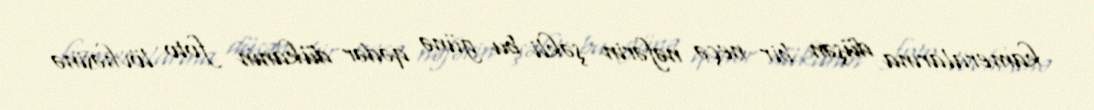
kameralarına düşən bir neçə nəfərin şəkli bu günə qədər dükanın foto lövhəsinə